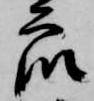
衆